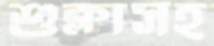
শুক্লাসহ